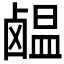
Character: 𫜊